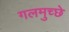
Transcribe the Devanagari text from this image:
गलमुच्छे